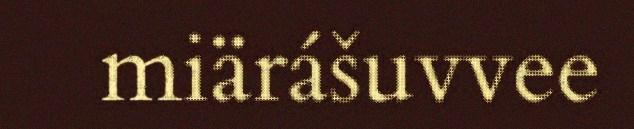
miärášuvvee